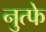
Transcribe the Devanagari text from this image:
नुत्फे